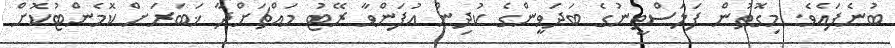
ބުނެފައެވެ. މިގޮތުން ފަލަސްޠީނުގެ ބަދަވީންގެ ކުދިން އުފަންވާ ރޭޓު މައްޗަށްދާ ޚަބަރަށް ކޮމެންޓުކޮށް